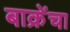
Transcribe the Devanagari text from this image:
बाक्रेंचा